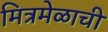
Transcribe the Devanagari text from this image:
मित्रमेळाची